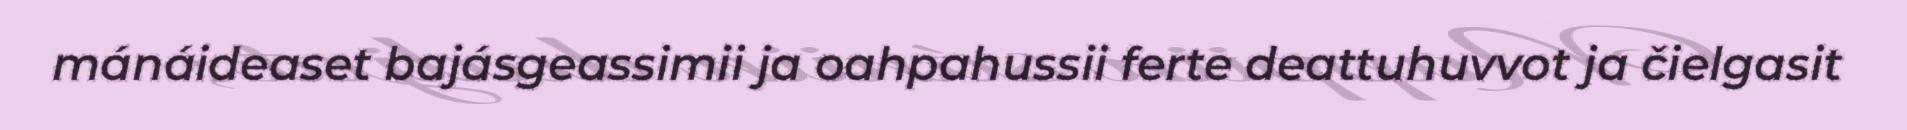
mánáideaset bajásgeassimii ja oahpahussii ferte deattuhuvvot ja čielgasit